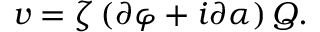
v = \zeta \left( \partial \varphi + i \partial \alpha \right) Q .